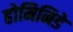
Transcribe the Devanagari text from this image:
होमिनिडे